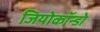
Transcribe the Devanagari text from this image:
जियोकॉन्डो